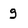
Character: g